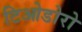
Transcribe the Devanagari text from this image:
टिओडोरो